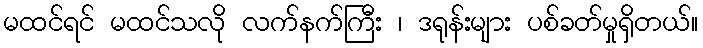
မထင်ရင် မထင်သလို လက်နက်ကြီး ၊ ဒရုန်းများ ပစ်ခတ်မှုရှိတယ်။